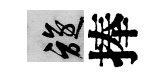
旋捧